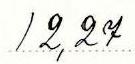
12,27